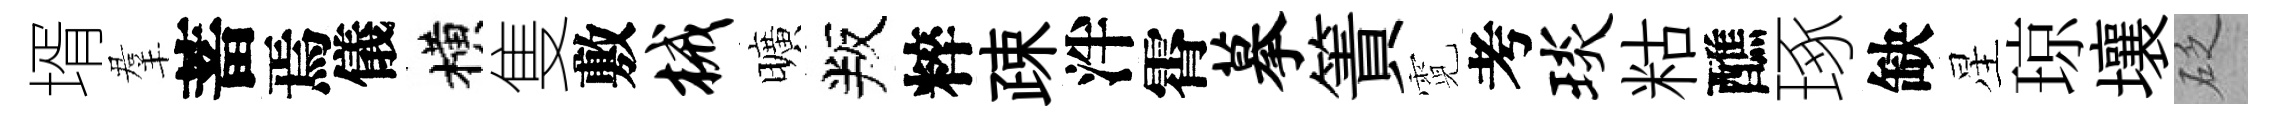
壻羣蓄焉儀横隻敷械曠叛粹疎泮霄摹簀霓考琰䊀醮琢缺星琼壤砭